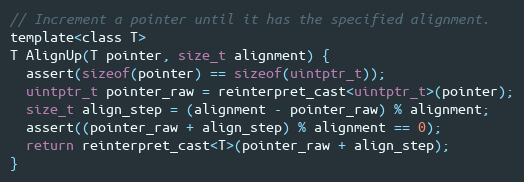
Language: C
// Increment a pointer until it has the specified alignment.
template<class T>
T AlignUp(T pointer, size_t alignment) {
  assert(sizeof(pointer) == sizeof(uintptr_t));
  uintptr_t pointer_raw = reinterpret_cast<uintptr_t>(pointer);
  size_t align_step = (alignment - pointer_raw) % alignment;
  assert((pointer_raw + align_step) % alignment == 0);
  return reinterpret_cast<T>(pointer_raw + align_step);
}